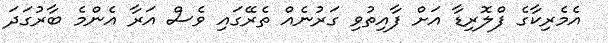
އެމެރިކާގެ ފްލޮރިޑާ އަށް ފާއިތުވި ގަރުނެއް ތެރޭގައި ވެސް އަރާ އެންމެ ބާރުގަދަ